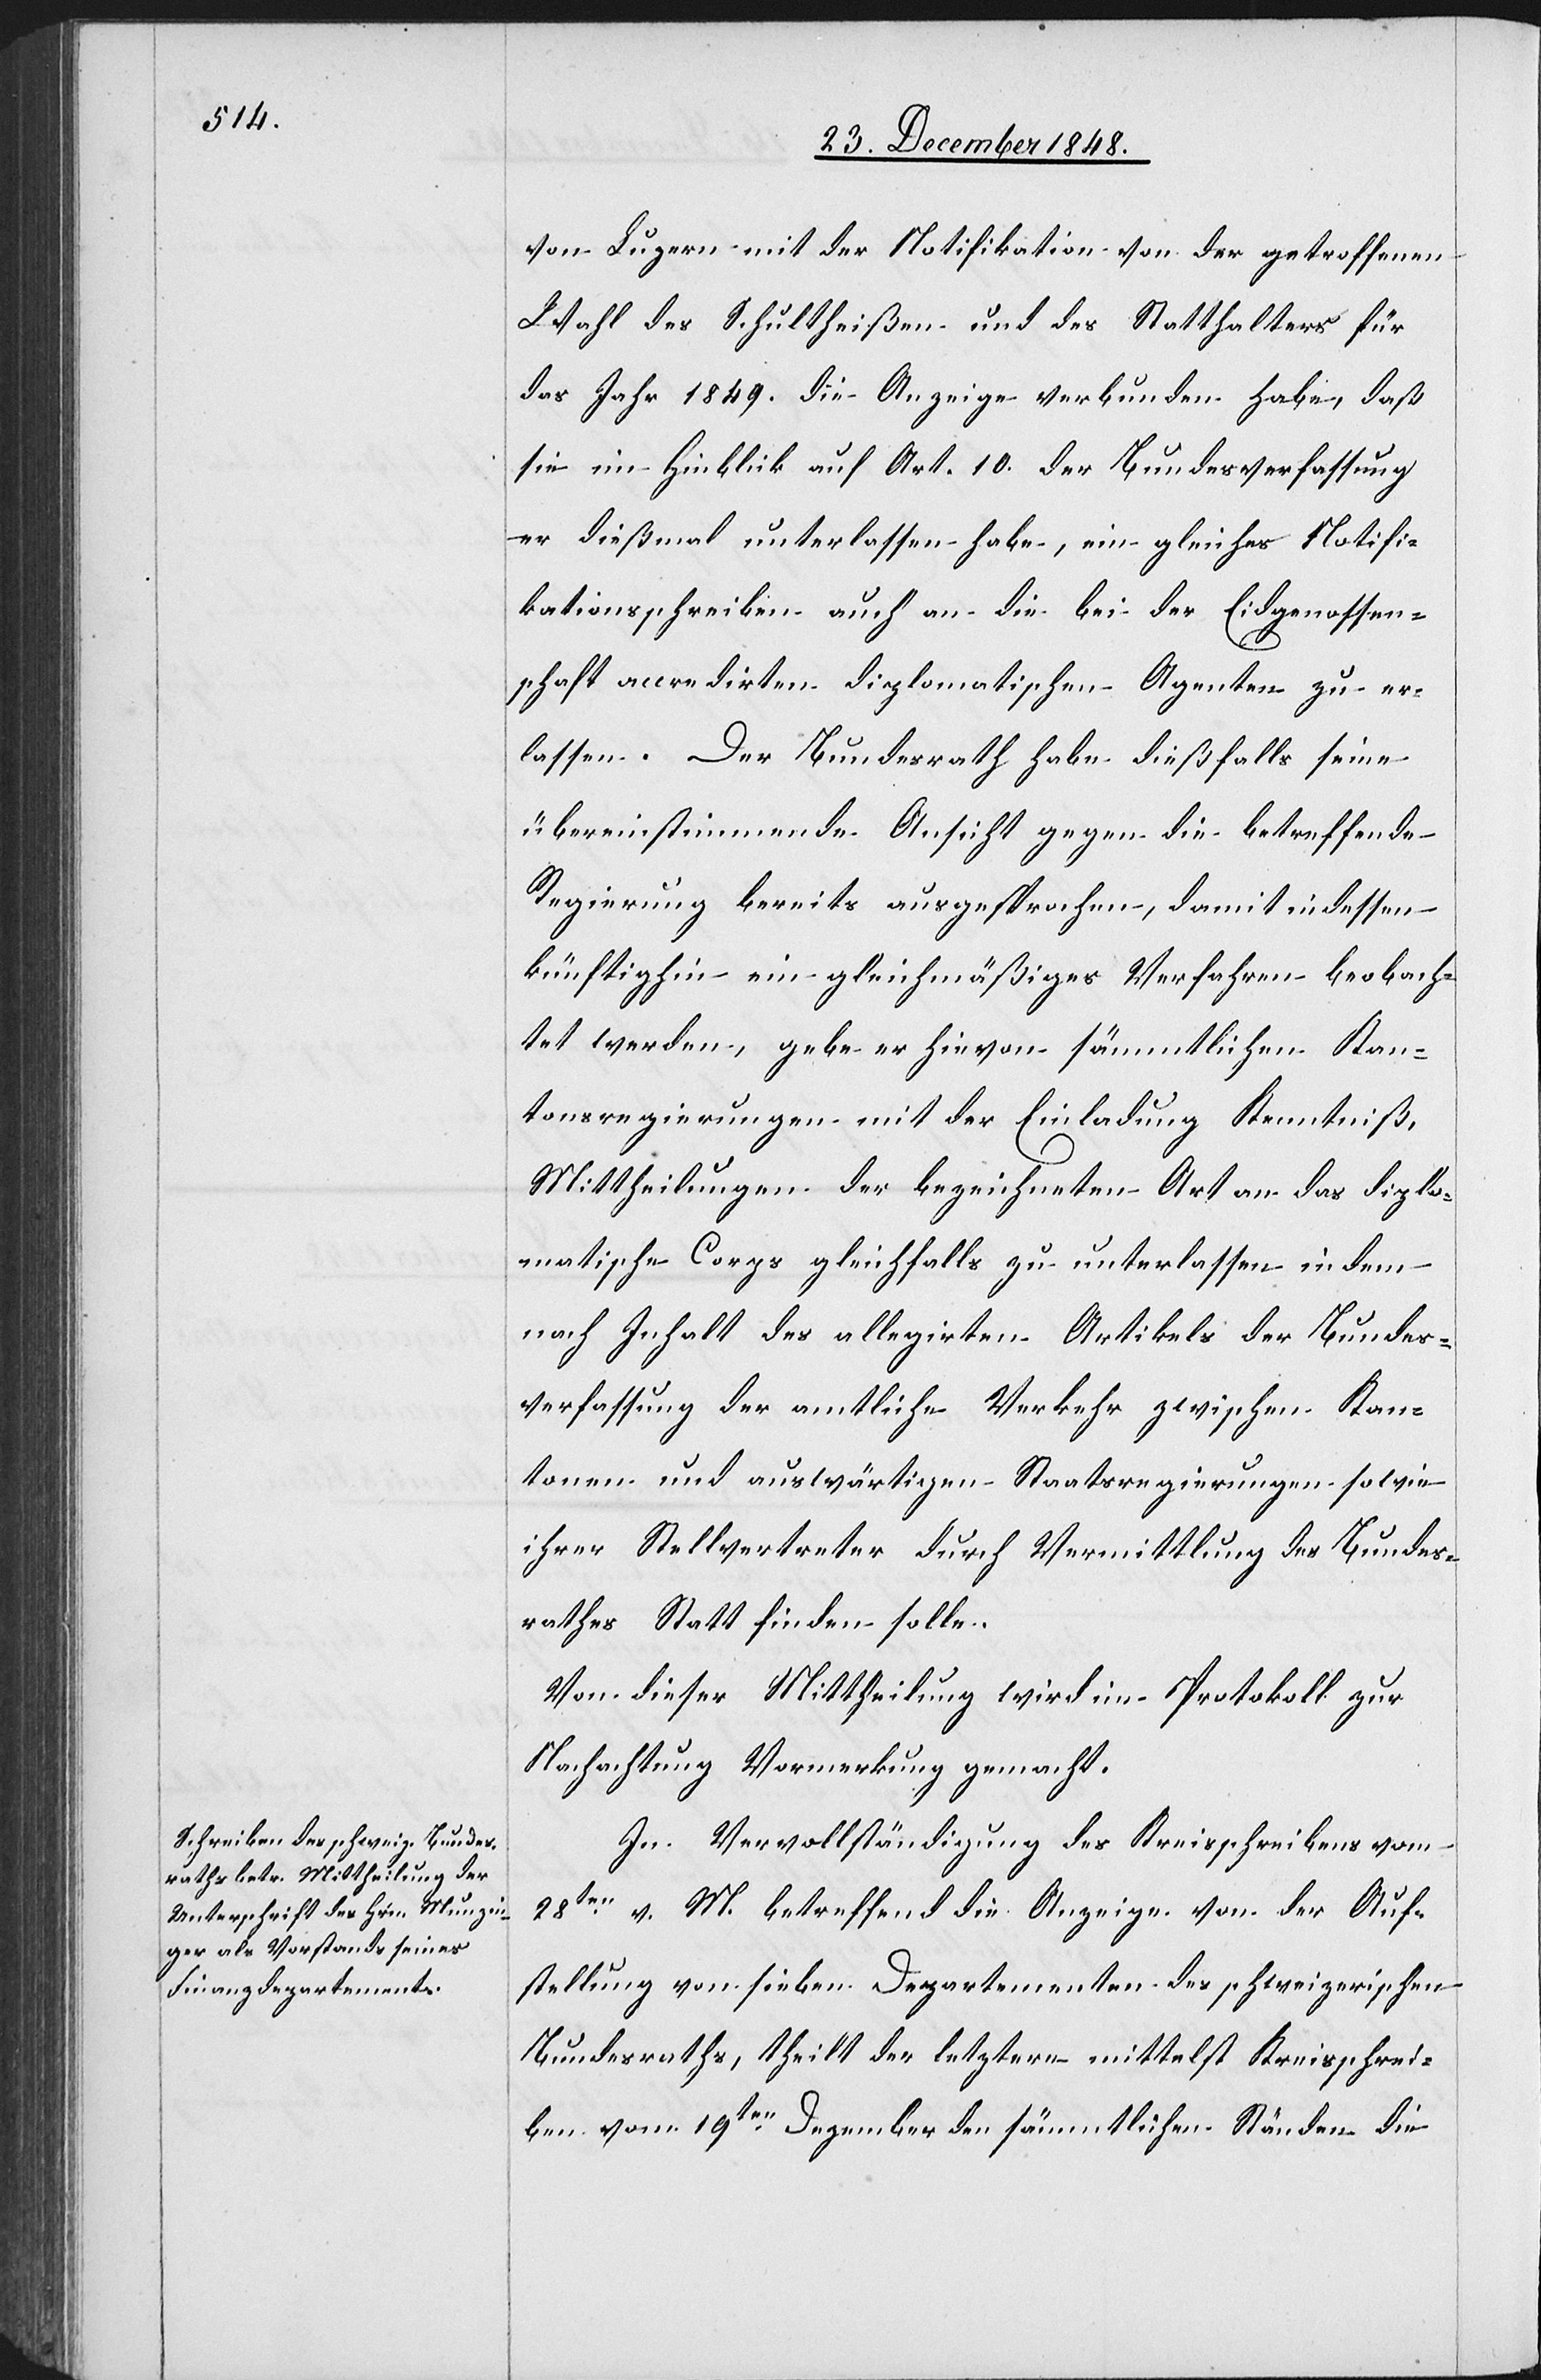
von Luzern mit der Notifikation von der getroffenen
Wahl des Schultheißen und des Statthalters für
das Jahr 1849. die Anzeige verbunden habe, daß
sie im Hinblick auf Art. 10. der Bundesverfassung
er dießmal unterlassen habe, ein gleiches Notifi¬
kationsschreiben auch an die bei der Eidgenossen¬
schaft accredirten diplomatischen Agenten zu er¬
lassen. Der Bundesrath habe dießfalls seine
übereinstimmende Ansicht gegen die betreffende
Regierung bereits ausgesprochen, damit indessen
künftighin ein gleichmäßiges Verfahren beobach¬
tet werden, gebe er hievon sämmtlichen Kan¬
tonsregierungen mit der Einladung Kenntniß,
Mittheilungen der bezeichneten Art an das diplo¬
matische Corps gleichfalls zu unterlassen in dem
nach Inhalt des allegirten Artikels der Bundes¬
verfassung der amtliche Verkehr zwischen Kan¬
tonen und auswärtigen Staatsregierungen sowie
ihrer Stellvertreter durch Vermittlung des Bundes¬
rathes Statt finden solle.
Von dieser Mittheilung wird im Protokoll zur
Nachachtung Vormerkung gemacht.
In Vervollständigung des Kreisschreibens vom
28ten v. M. betreffend die Anzeige von der Auf¬
stellung von sieben Departementen des schweizerischen
Bundesraths, theilt der letztere mittelst Kreisschrei¬
ben vom 19ten Dezember den sämmtlichen Ständen die